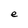
Character: e